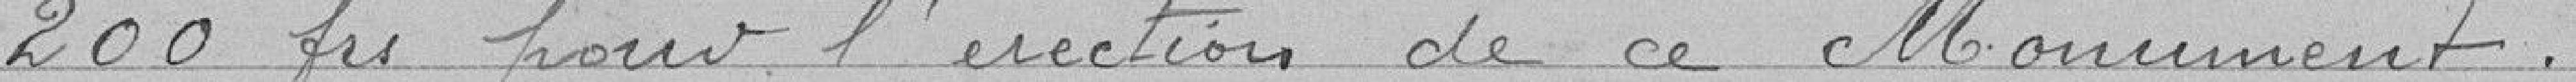
200 francs pour l'érection de ce Monument.